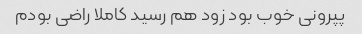
پپرونی خوب بود زود هم رسید کاملا راضی بودم